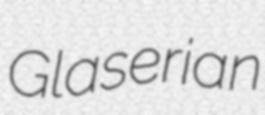
Glaserian